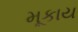
મૂકાય